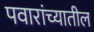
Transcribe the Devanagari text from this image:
पवारांच्यातील